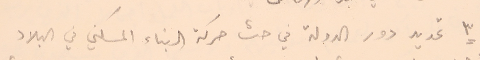
٣ تحديد دور الدولة في حث حركة البناء المسكني في البلاد